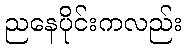
ညနေပိုင်းကလည်း